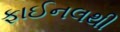
ફાઈનલથી